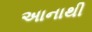
અાનાથી